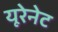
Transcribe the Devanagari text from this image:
यूरेनेट